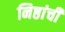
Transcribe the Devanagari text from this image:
निष्ठांची